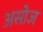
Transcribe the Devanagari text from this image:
असोज